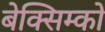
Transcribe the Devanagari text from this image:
बेक्सिम्को